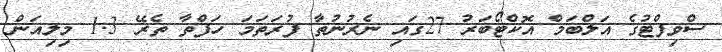
ސްވިފްޓުގެ އަލްބަމް އޮކްޓޯބަރު 27ގައި ނެރުނުތާ ފުރަތަމަ ހަފްތާ ތެރޭ 1.3 މިލިއަން